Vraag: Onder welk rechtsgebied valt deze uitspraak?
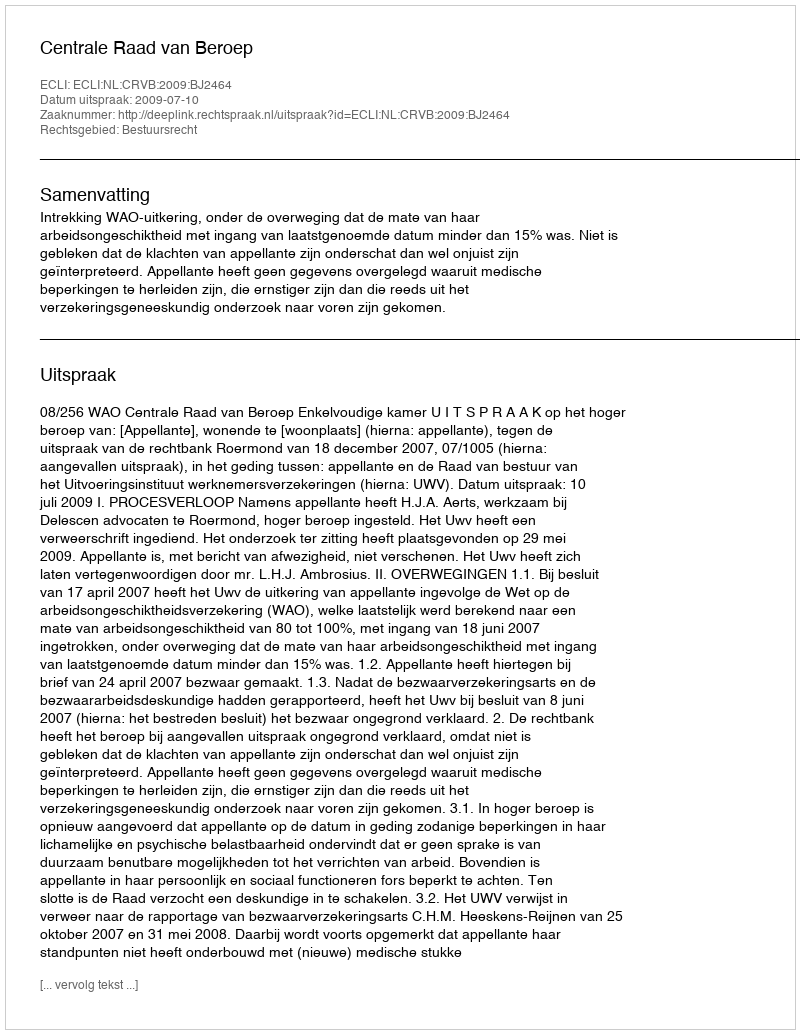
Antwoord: Bestuursrecht